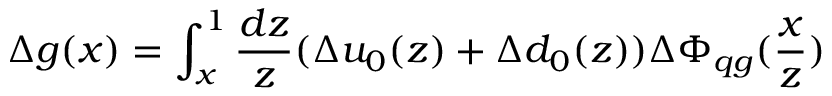
\Delta g ( x ) = \int _ { x } ^ { 1 } \frac { d z } { z } ( \Delta u _ { 0 } ( z ) + \Delta d _ { 0 } ( z ) ) \Delta \Phi _ { q g } ( \frac { x } { z } )